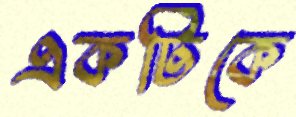
একটিকে